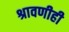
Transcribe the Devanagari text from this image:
श्रावणीही